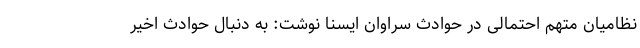
نظامیان متهم احتمالی در حوادث سراوان ایسنا نوشت: به دنبال حوادث اخیر